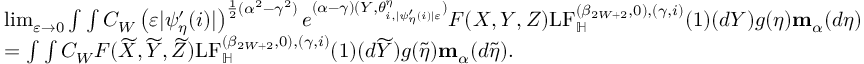
\begin{array} { r l } & { \operatorname* { l i m } _ { \varepsilon \to 0 } \int \int C _ { W } \left( \varepsilon | \psi _ { \eta } ^ { \prime } ( i ) | \right) ^ { \frac { 1 } { 2 } ( \alpha ^ { 2 } - \gamma ^ { 2 } ) } e ^ { ( \alpha - \gamma ) ( Y , \theta _ { i , | \psi _ { \eta } ^ { \prime } ( i ) | \varepsilon } ^ { \eta } ) } F ( X , Y , Z ) \mathrm { L F } _ { \mathbb H } ^ { ( \beta _ { 2 W + 2 } , 0 ) , ( \gamma , i ) } ( 1 ) ( d Y ) g ( \eta ) \mathbf m _ { \alpha } ( d \eta ) } \\ & { = \int \int C _ { W } F ( \widetilde X , \widetilde Y , \widetilde Z ) \mathrm { L F } _ { \mathbb H } ^ { ( \beta _ { 2 W + 2 } , 0 ) , ( \gamma , i ) } ( 1 ) ( d \widetilde Y ) g ( \widetilde \eta ) \mathbf m _ { \alpha } ( d \widetilde \eta ) . } \end{array}